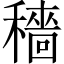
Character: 穡